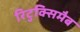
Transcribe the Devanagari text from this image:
रिटुक्सिमैब